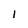
Character: 1